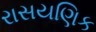
રાસયણિક